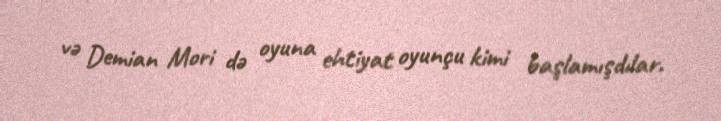
və Demian Mori də oyuna ehtiyat oyunçu kimi başlamışdılar.